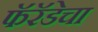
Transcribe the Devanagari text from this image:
फॅरॅडेचा